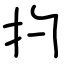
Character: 扚